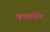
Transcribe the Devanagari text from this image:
कष्टरहित